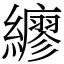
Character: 𦆲